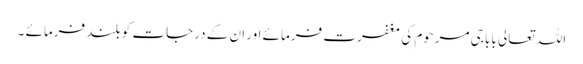
اللہ تعالی بابا جی مرحوم کی مغفرت فرمائے اور ان کے درجات کو بلند فرمائے ۔